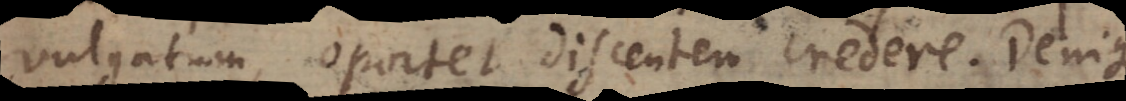
vulgatum, oportet discentem credere. Denique